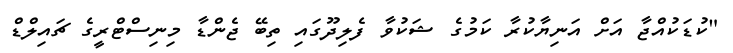
"ކުޑަކުއްޖާ އަށް އަނިޔާކުރާ ކަމުގެ ޝަކުވާ ފެލިދޫގައި ތިބޭ ޖެންޑާ މިނިސްޓްރީގެ ޗައިލްޑް